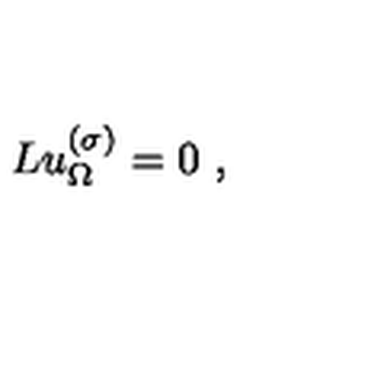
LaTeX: L u _ { \Omega } ^ { ( \sigma ) } = 0 \ ,